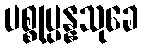
ပစ္စုပ္ပန္နသုခေ